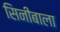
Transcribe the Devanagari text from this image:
सिनीबाला